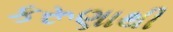
કરૂણાથી